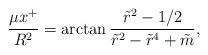
LaTeX: \begin{align*}{{\mu x^+} \over R^2} = \arctan {{\tilde r^2 - 1/2} \over {\tilde r^2 - \tilde r^4 + \tilde m} },\end{align*}